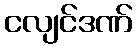
ငလျင်ဒဏ်